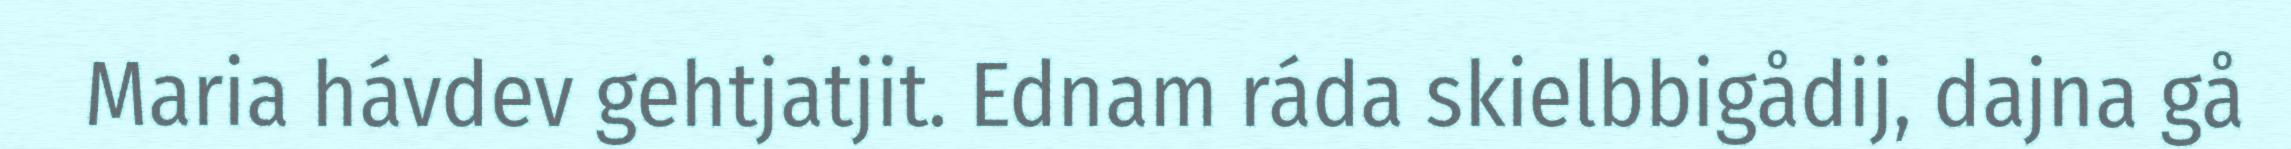
Maria hávdev gehtjatjit. Ednam ráda skielbbigådij, dajna gå